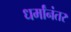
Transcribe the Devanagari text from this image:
धर्मांनंतर